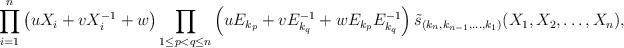
LaTeX: \begin{align*}\prod_{i=1}^n \left( uX_i + vX_i^{-1} + w \right) \prod_{1 \leq p < q \leq n} \left( u E_{k_p} + v E_{k_q}^{-1} + w E_{k_p} E_{k_q}^{-1} \right) \tilde{s}_{(k_n,k_{n-1},\ldots,k_1)}(X_1,X_2,\ldots,X_n),\end{align*}